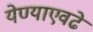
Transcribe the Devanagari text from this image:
येण्याएवढे